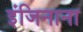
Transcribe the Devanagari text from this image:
इंजिनाना